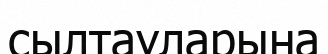
сылтауларына